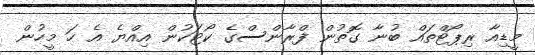
މީޑިއާ ރިޕޯޓްތައް ބުނާ ގޮތުން ފްރާންސްގެ ކޯޓަކުން އިއްޔެ އެ ހަ މީހުން